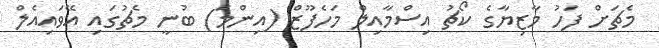
މެޗަށް ފަހު މާޒިޔާގެ ކޯޗު އިސްމާއިލް މަހެފޫޒް (އިންމަ) ބުނީ މެޗުގައި އޭވައިއެލް